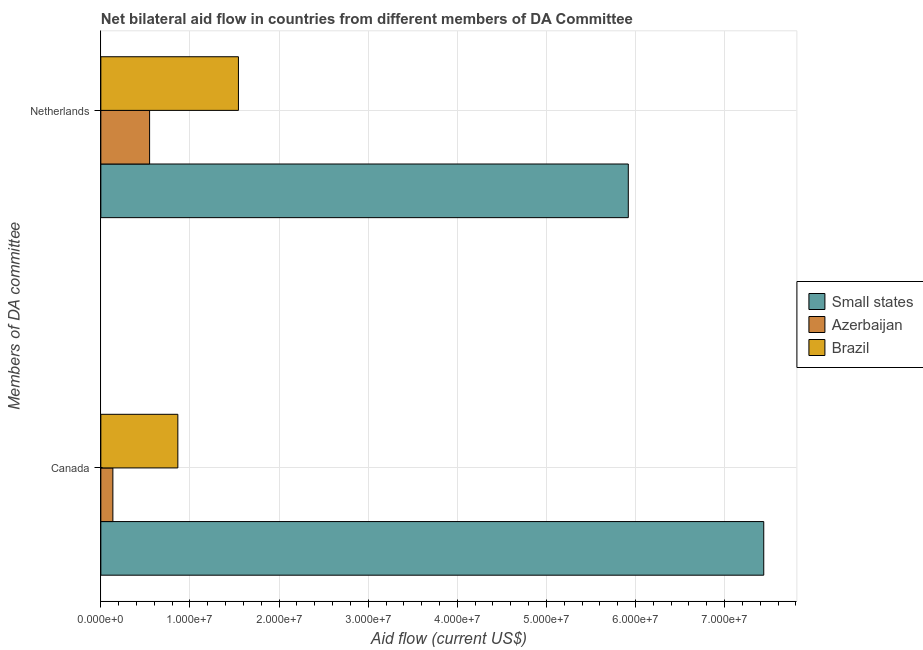
| Members of DA committee | Small states | Azerbaijan | Brazil |
 | --- | --- | --- | --- |
 | Canada | 7.44e+07 | 1.35e+06 | 8.64e+06 |
 | Netherlands | 5.92e+07 | 5.47e+06 | 1.54e+07 |